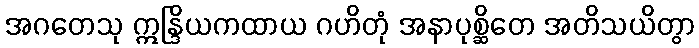
အဂတေသု ဣန္ဒြိယကထာယ ဂဟိတုံ အနာပုစ္ဆိတေ အတိသယိတွာ